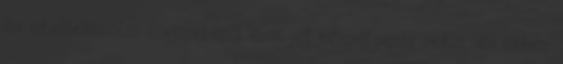
és intellektuális élvezetéről esik jól beszélgetni akkor, és ehhez